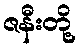
ဇနီးတို့